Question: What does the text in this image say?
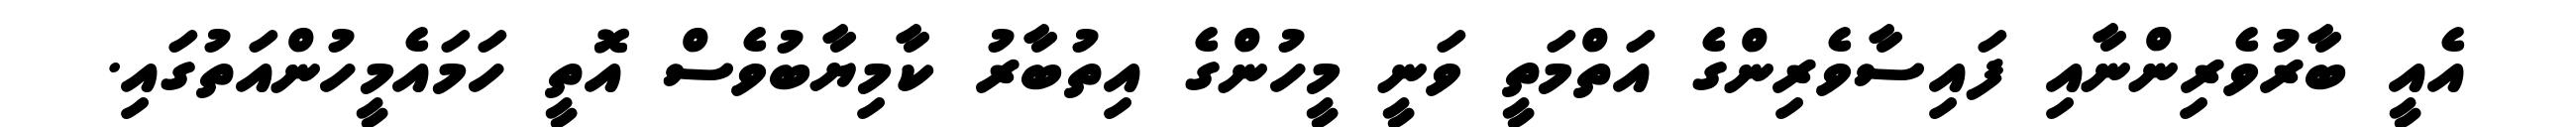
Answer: އެއީ ބާރުވެރިންނާއި ފައިސާވެރިންގެ އަތްމަތީ ވަނީ މީހުންގެ އިތުބާރު ކާމިޔާބުވެސް އޮތީ ހަމައެމީހުންއަތުގައި.